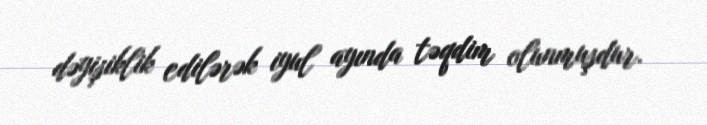
dəyişiklik edilərək iyul ayında təqdim olunmuşdur.